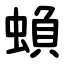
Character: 蝜